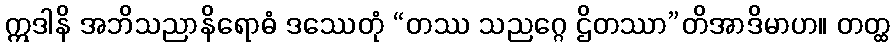
ဣဒါနိ အဘိသညာနိရောဓံ ဒဿေတုံ “တဿ သညဂ္ဂေ ဌိတဿာ”တိအာဒိမာဟ။ တတ္ထ